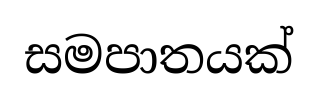
සමපාතයක්